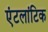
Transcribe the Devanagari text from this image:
एंटलांटिक